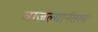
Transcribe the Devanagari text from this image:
वाजल्यानंतरच